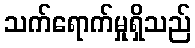
သက်ရောက်မှုရှိသည်